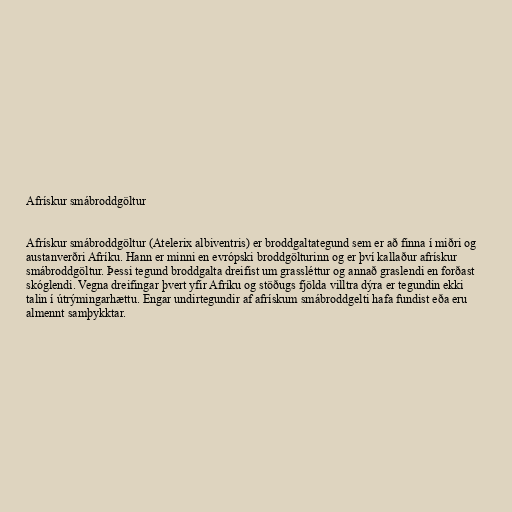
Afrískur smábroddgöltur

Afrískur smábroddgöltur (Atelerix albiventris) er broddgaltategund sem er að finna í miðri og
austanverðri Afríku. Hann er minni en evrópski broddgölturinn og er því kallaður afrískur
smábroddgöltur. Þessi tegund broddgalta dreifist um grassléttur og annað graslendi en forðast
skóglendi. Vegna dreifingar þvert yfir Afríku og stöðugs fjölda villtra dýra er tegundin ekki
talin í útrýmingarhættu. Engar undirtegundir af afrískum smábroddgelti hafa fundist eða eru
almennt samþykktar.